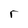
Character: r